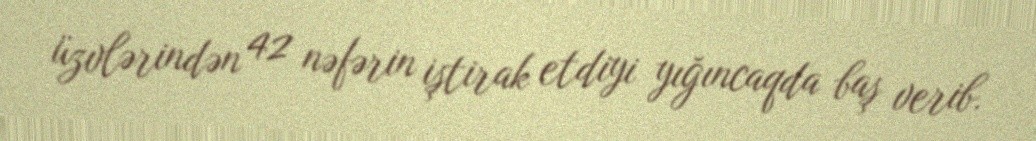
üzvlərindən 42 nəfərin iştirak etdiyi yığıncaqda baş verib.